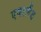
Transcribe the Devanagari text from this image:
एवरलैंड